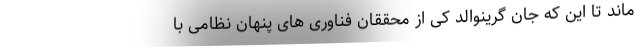
ماند تا این که جان گرینوالد کی از محققان فناوری های پنهان نظامی با